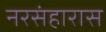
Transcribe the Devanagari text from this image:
नरसंहारास